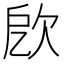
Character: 𣢛